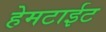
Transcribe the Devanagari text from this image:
हेमटाईट